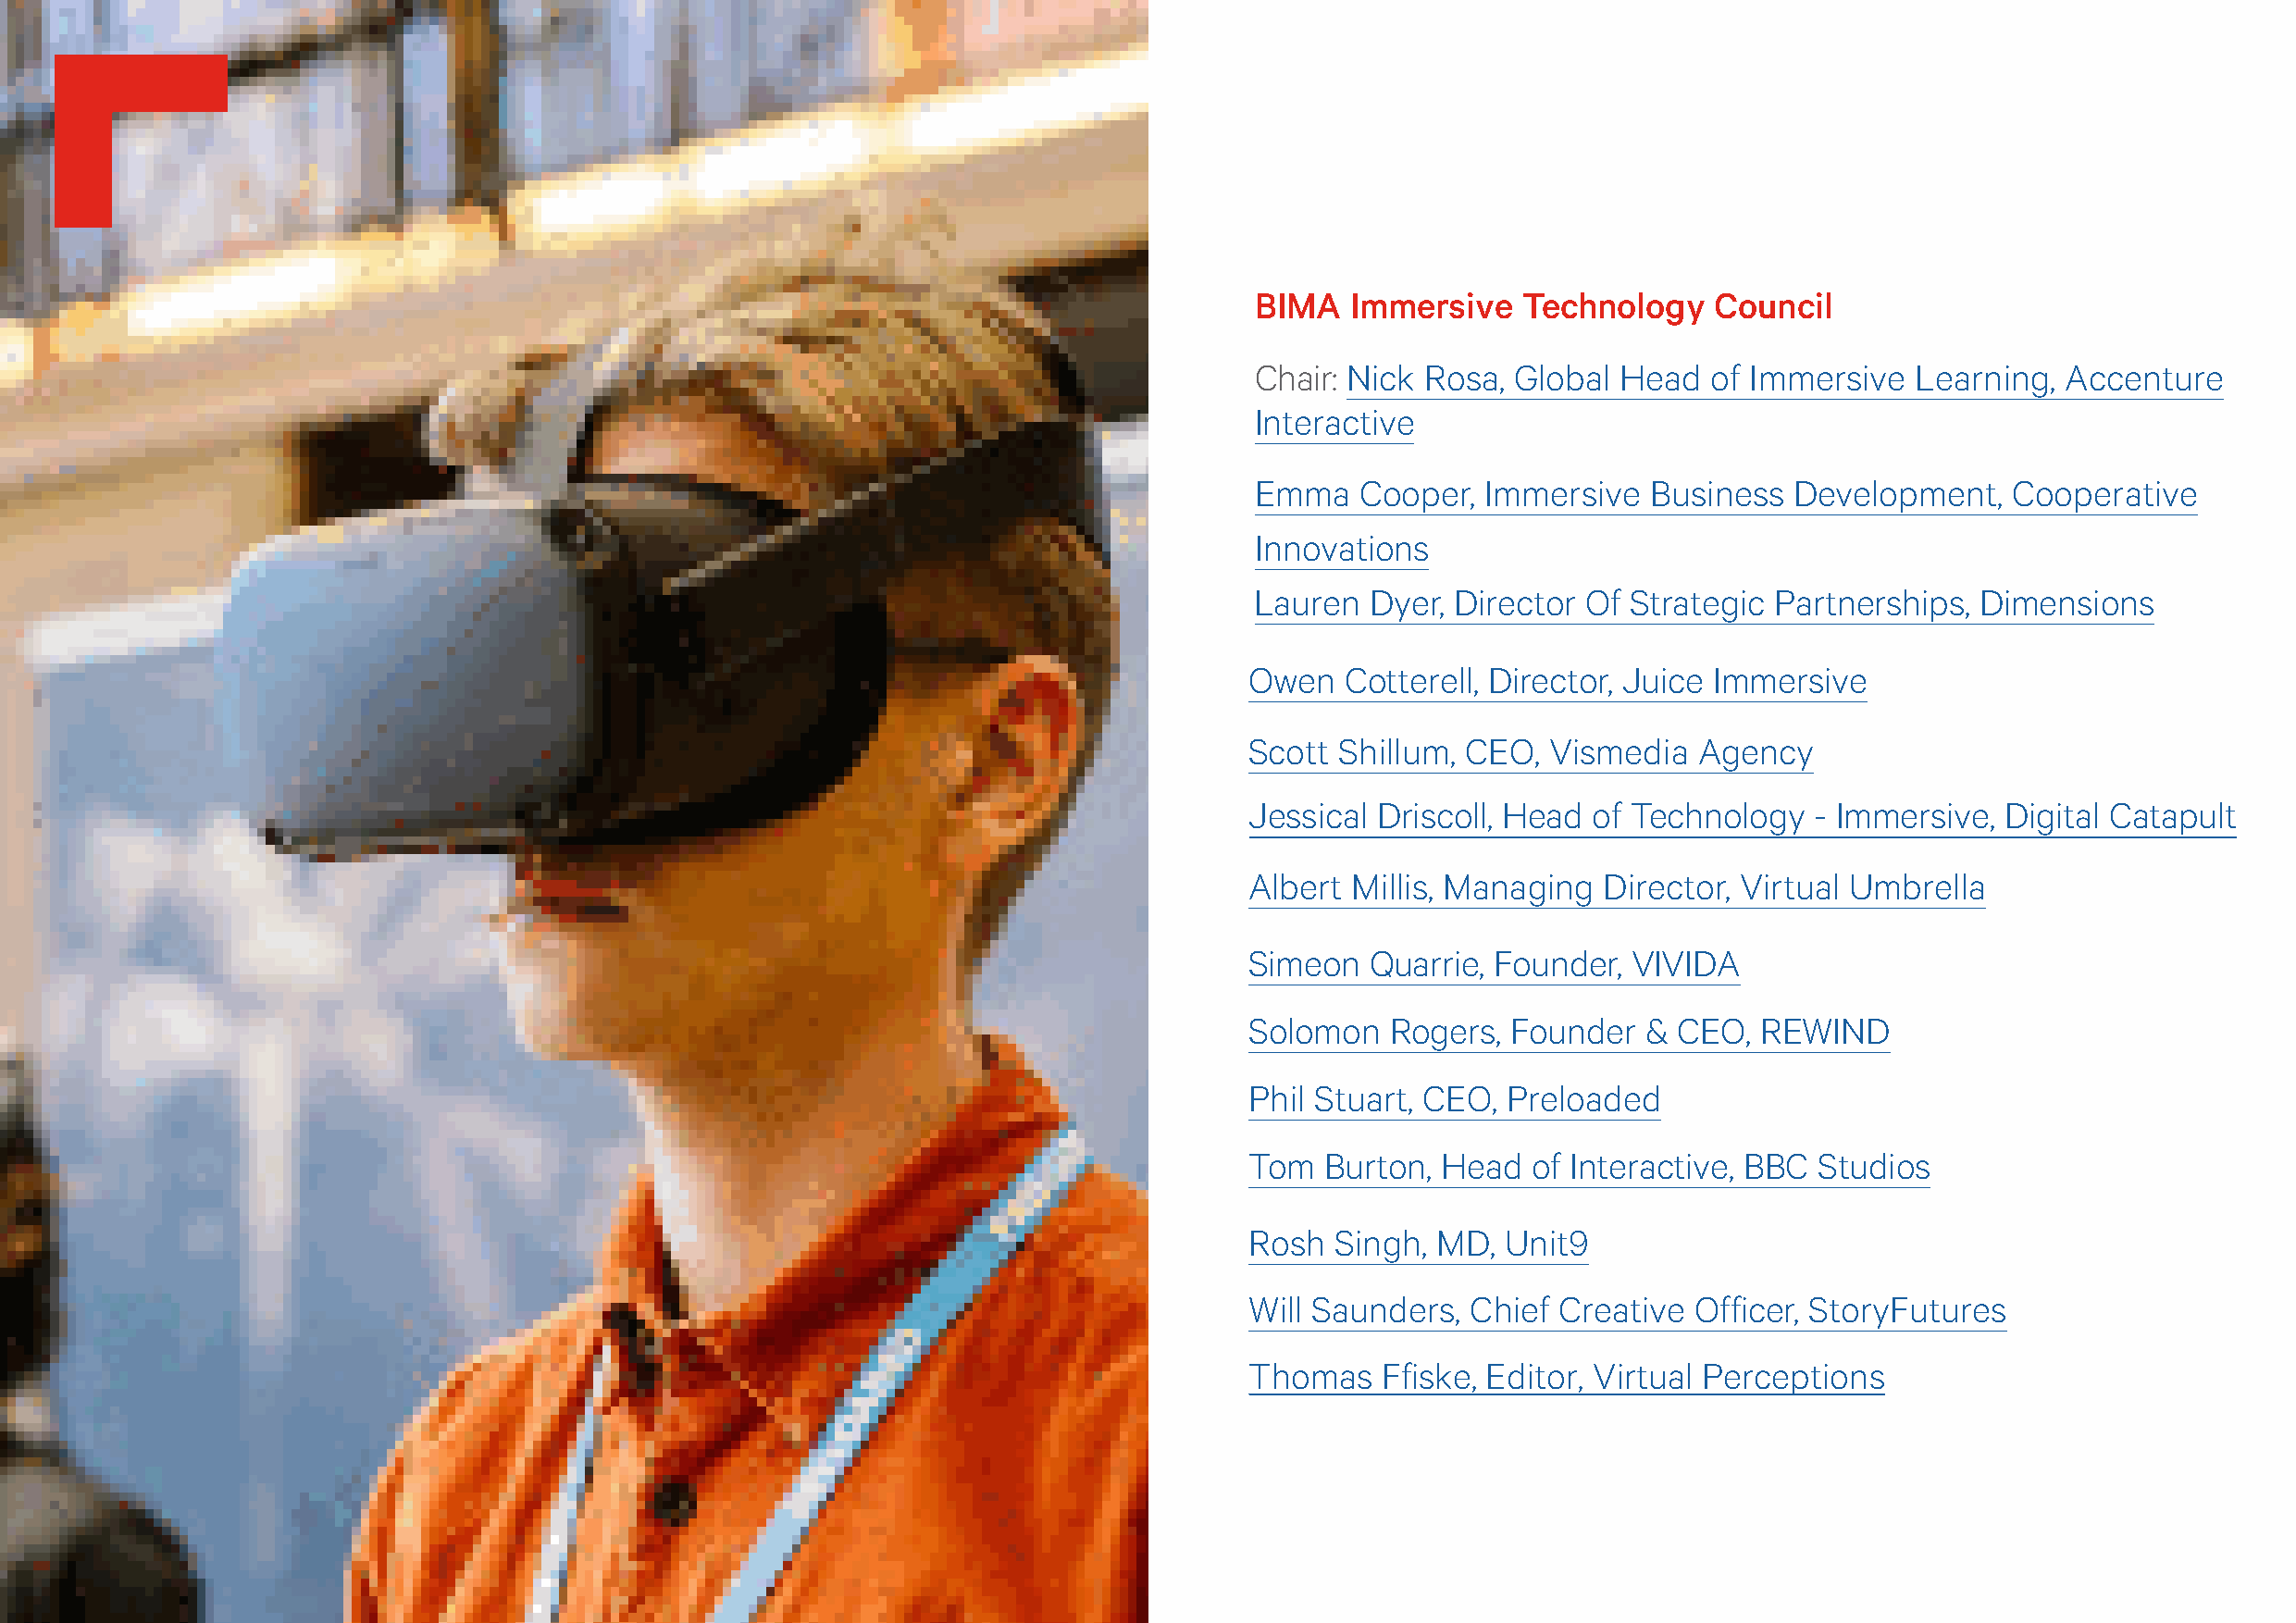
BIMA Immersive Report
 BIMA   Immersive   Technology    Council
 Chair: Nick Rosa, Global  Head  of Immersive   Learning,  Accenture
 Interactive
 Emma   Cooper,  Immersive   Business  Development,    Cooperative
 Innovations
 Lauren  Dyer, Director Of  Strategic Partnerships,  Dimensions
 Owen   Cotterell, Director, Juice Immersive
 Scott  Shillum, CEO,  Vismedia  Agency
 Jessical Driscoll, Head  of Technology   - Immersive, Digital Catapult
 Albert  Millis, Managing  Director, Virtual Umbrella
 Simeon   Quarrie, Founder,  VIVIDA
 Solomon   Rogers,  Founder   & CEO,  REWIND
 Phil Stuart, CEO,  Preloaded
 Tom   Burton, Head   of Interactive, BBC Studios
 Rosh  Singh,  MD,  Unit9
 Will Saunders,  Chief Creative  Officer, StoryFutures
 Thomas    Ffiske, Editor, Virtual Perceptions